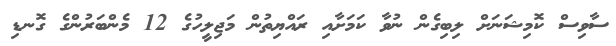
ސާވިސް ކޮމިޝަނަށް ލިބިގެން ނުވާ ކަމަށާއި ރައްޔިތުން މަޖިލީހުގެ 12 މެންބަރުންގެ ގޮނޑި